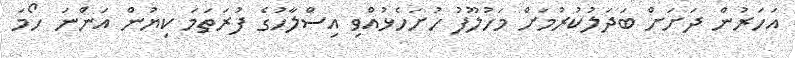
އަހަރުން ދަށަށް ބަދަލުކުރުމަށް މަހުލޫފު ހުށަހެޅުއްވި އިސްލާހުގެ ފުރަތަމަ ކިޔުން އަންނަ ހޯމަ